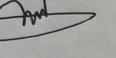
Signature authenticity: genuine